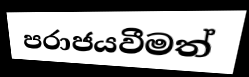
පරාජයවීමත්